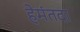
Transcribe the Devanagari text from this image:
हेमंतदा